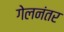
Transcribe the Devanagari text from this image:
गेलनंतर